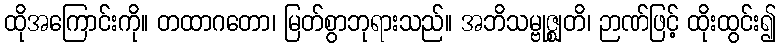
ထိုအကြောင်းကို။ တထာဂတော၊ မြတ်စွာဘုရားသည်။ အဘိသမ္ဗုဇ္ဈတိ၊ ဉာဏ်ဖြင့် ထိုးထွင်း၍